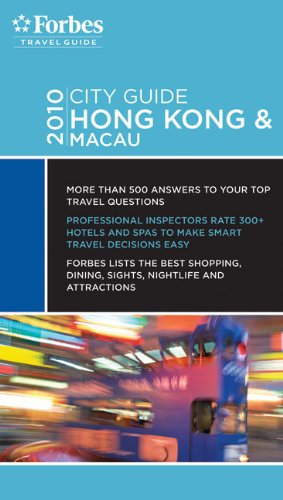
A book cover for Forbes City Guide Hong Kong & Macau 2010 (Forbes Travel Guide City Guide Series); Travel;